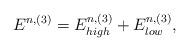
LaTeX: \begin{align*}E^{n, (3)} = E^{n, (3)}_{high} + E^{n, (3)}_{low},\end{align*}